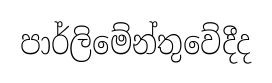
පාර්ලිමේන්තුවේදීද